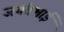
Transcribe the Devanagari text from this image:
जयंतभाई